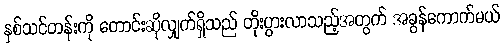
နှစ်သင်တန်းကို တောင်းဆိုလျှက်ရှိသည် တိုးပွားလာသည့်အတွက် အခွန်ကောက်မယ်